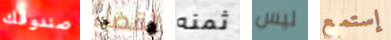
صندوقك لقضاء ثمنه ليس إستمع